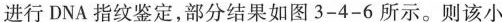
进行DNA指纹鉴定，部分结果如图3-4-6所示。则该小